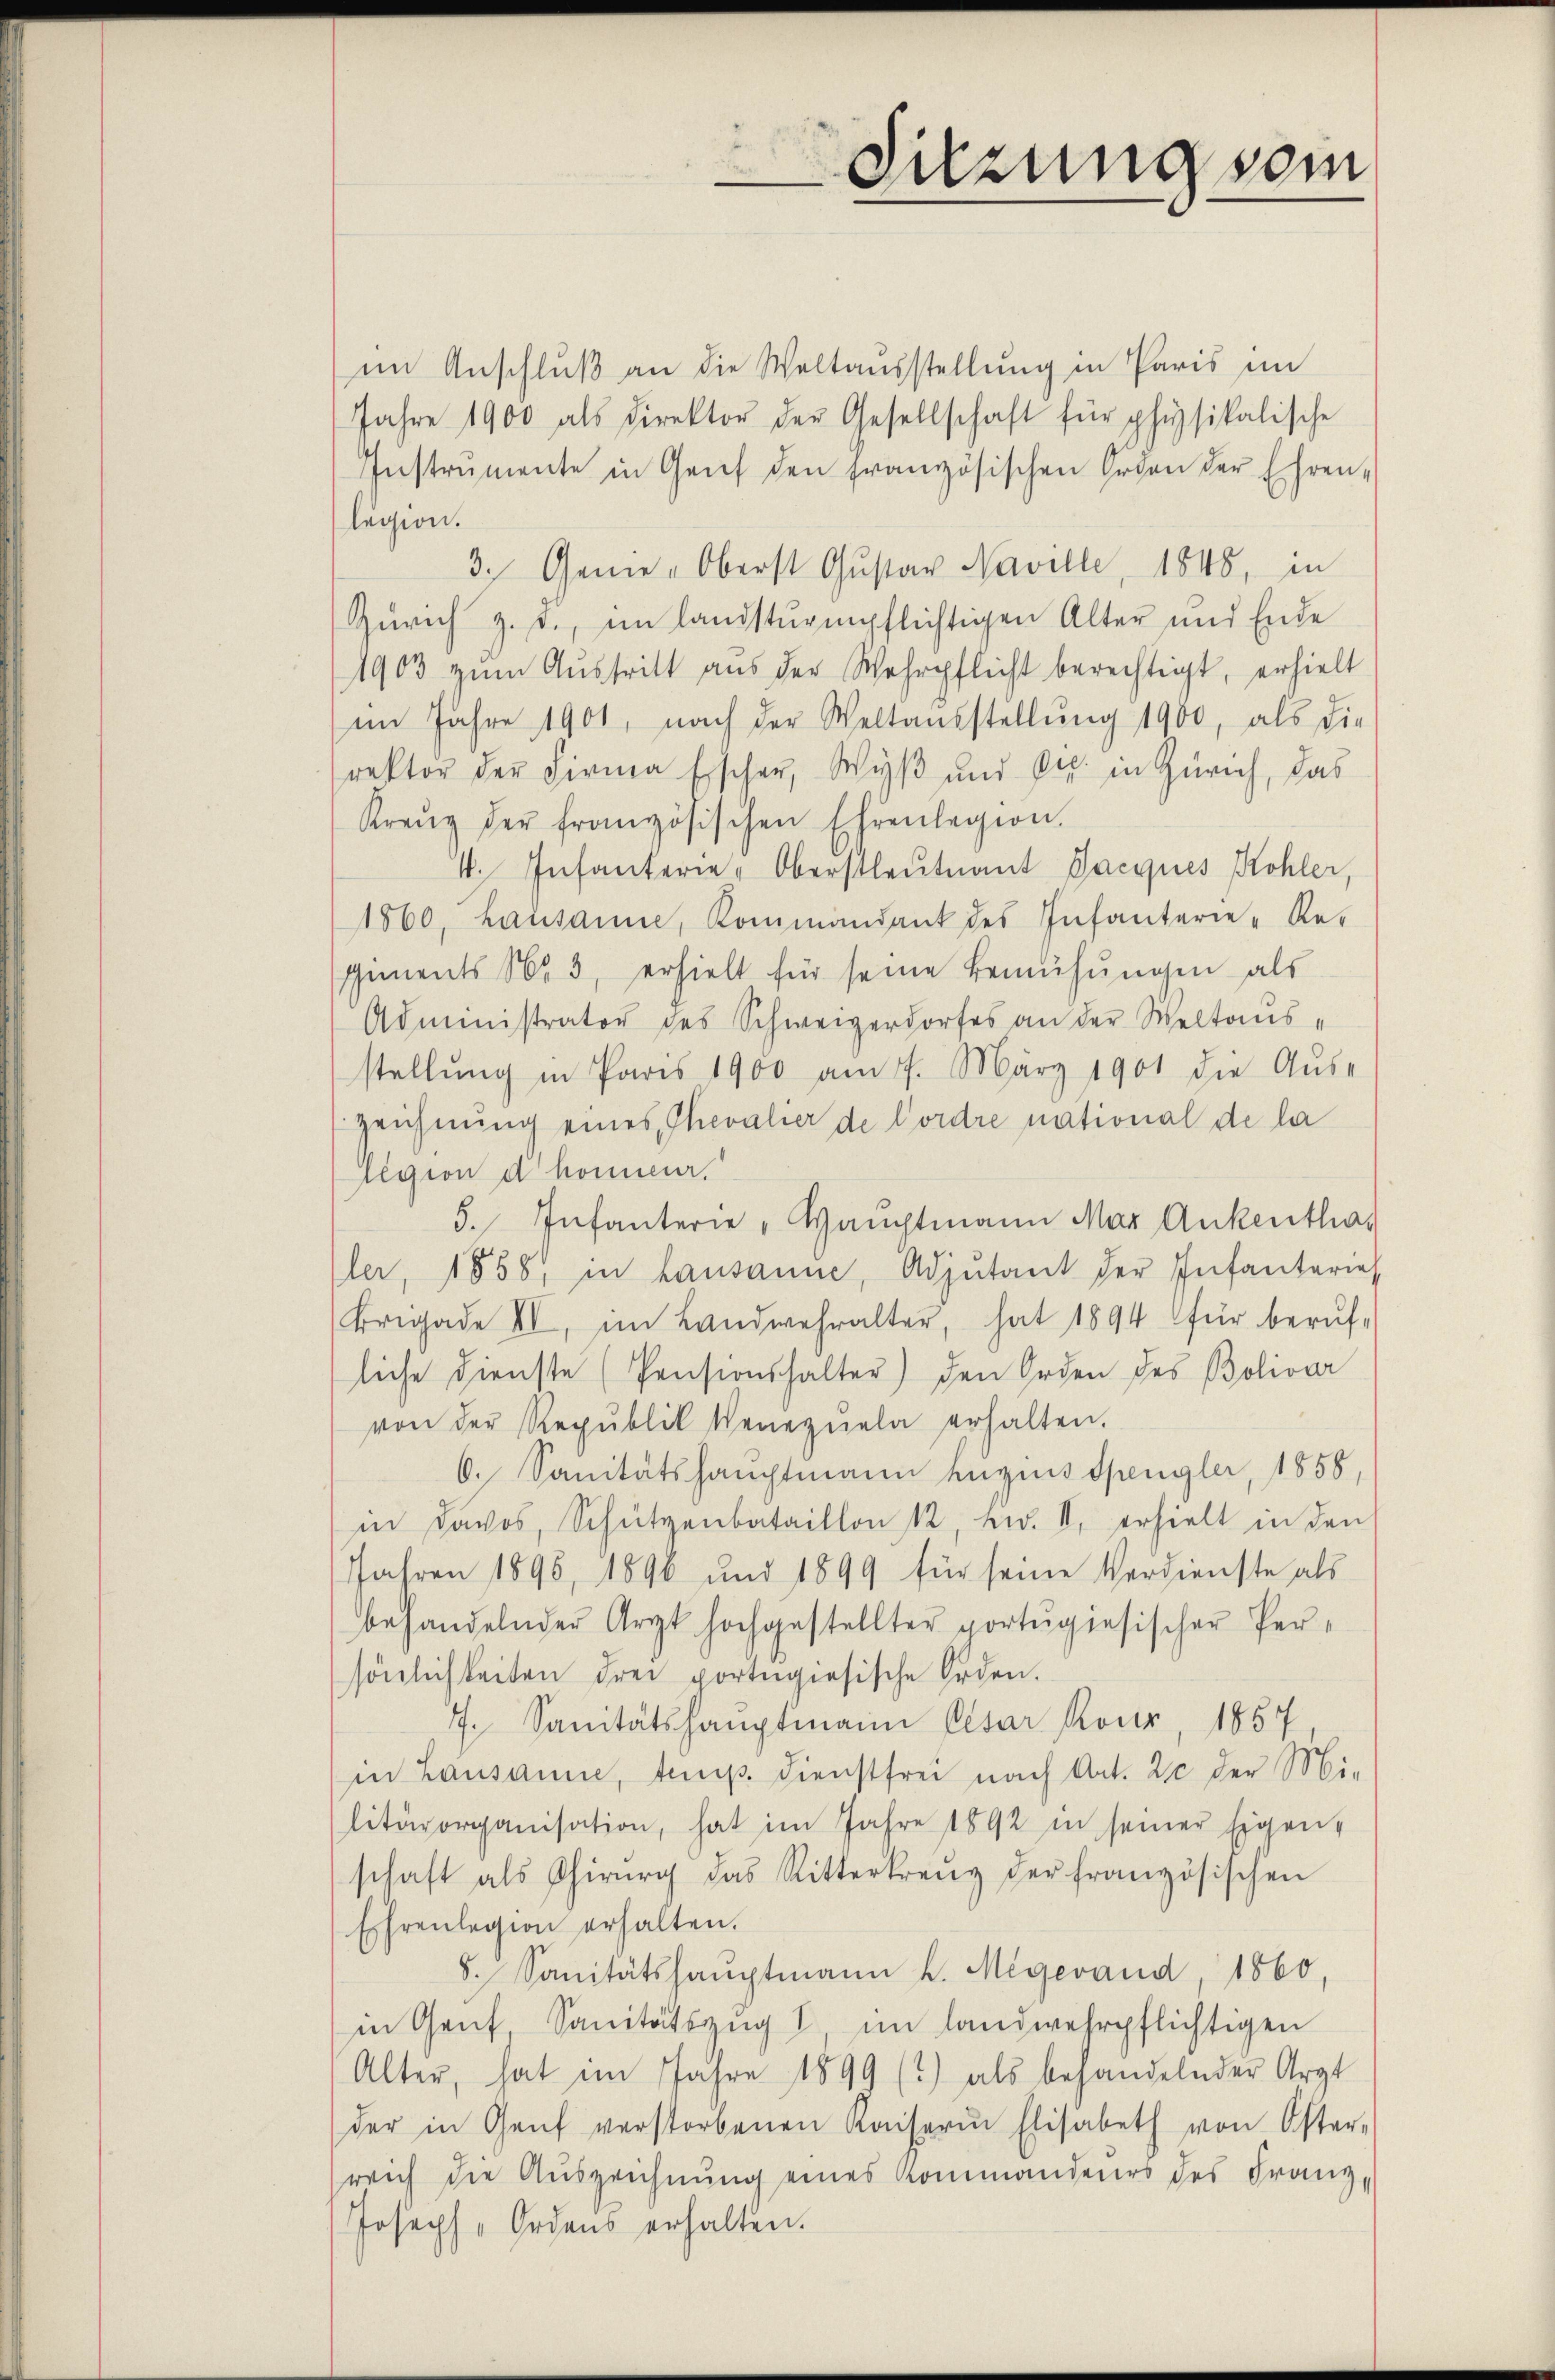
im Anschluß an die Weltausstellung in Paris im
Jahre 1900 als direktor der Gesellschaft für physikalische
Instrumente in Genf den französischen Orden der Ehren-
legion.
3. Genie-Oberst Gŭstav Naville, 1848, in
Zürich z. d. im landsturmpflichtigen Alter und Ende
1903 zŭm Aŭstritt aus der Wehrpflicht berechtigt, erhielt
im Jahre 1901, nach der Weltausstellŭng 1900, als die
rektor der Firma Escher, Wyß und Dec. in Zürich, das
Kreŭz der französischen Ehrenlegion.
4. Infanterie-Oberstleutnant Jacques Kohler,
1860, hausanne, Kommandant des Infanterie-Re-
Gements Nr. 3, erhielt für seine Bemühungen als
Administrator des Schweizerdorfes an der Weltausstellung in Paris 1900 am 7. März 1901 die Aus-
Zeichnung eines Chevalier de Cordre national de la
egion d honneur.
5. Infanterie " Waŭchtmann Mar Ankenthar
ler, 1858, in Lausanne, Adjutant der Infanterie
Brigade III, im Landwehralter, hat 1894 für berŭf-
liche dienste (Pensionshalter) den Orden des Bolivar
von der Republik Veneznela erhalten.
6. Sanitätshauptmann heges Spengler, 1858,
in Davos, Schützenbataillon 12, Bd. II. erhielt in den
Jahren 1895, 1896 und 1899 für seine Verdienste als
behandelnder Arzt hochgestellter portŭgiesischer Persönlichkeiten drei portigiesische Orden.
7. Sanitätshauptmann Cesar Rour, 1857,
in Lausanne, teuip. Dienstfrei nach Art. 20 der Mi-
litärorganisation, hat im Jahre 1892 in seiner Eigen-
schaft als Chirurg das Rittertrenz der französischen
Ehrenlegion erhalten.
8. Sanitätshauptmann k. Megerand 1860,
in Genf, Sanitätszŭg I im landwehrpflichtigen
Alter, hat im Jahre 1899 (2) als behandelnder Argt
der in Genf verstorbenen Kaiserin Elisabeth von Öster-
reich die Auszeichnung eines Kommandeurs des Franz-
Joseph-Ordens erhalten.

Sitzung som